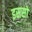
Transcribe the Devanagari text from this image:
इससो